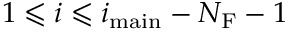
1 \leqslant i \leqslant i _ { \mathrm { m a i n } } - N _ { \mathrm { F } } - 1